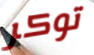
توكر